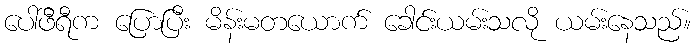
ပေါ်ဖီရီက ပြောပြီး မိန်းမတယောက် ခေါင်းယမ်းသလို ယမ်းနေသည်။